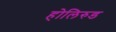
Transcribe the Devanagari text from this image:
होलिरुड